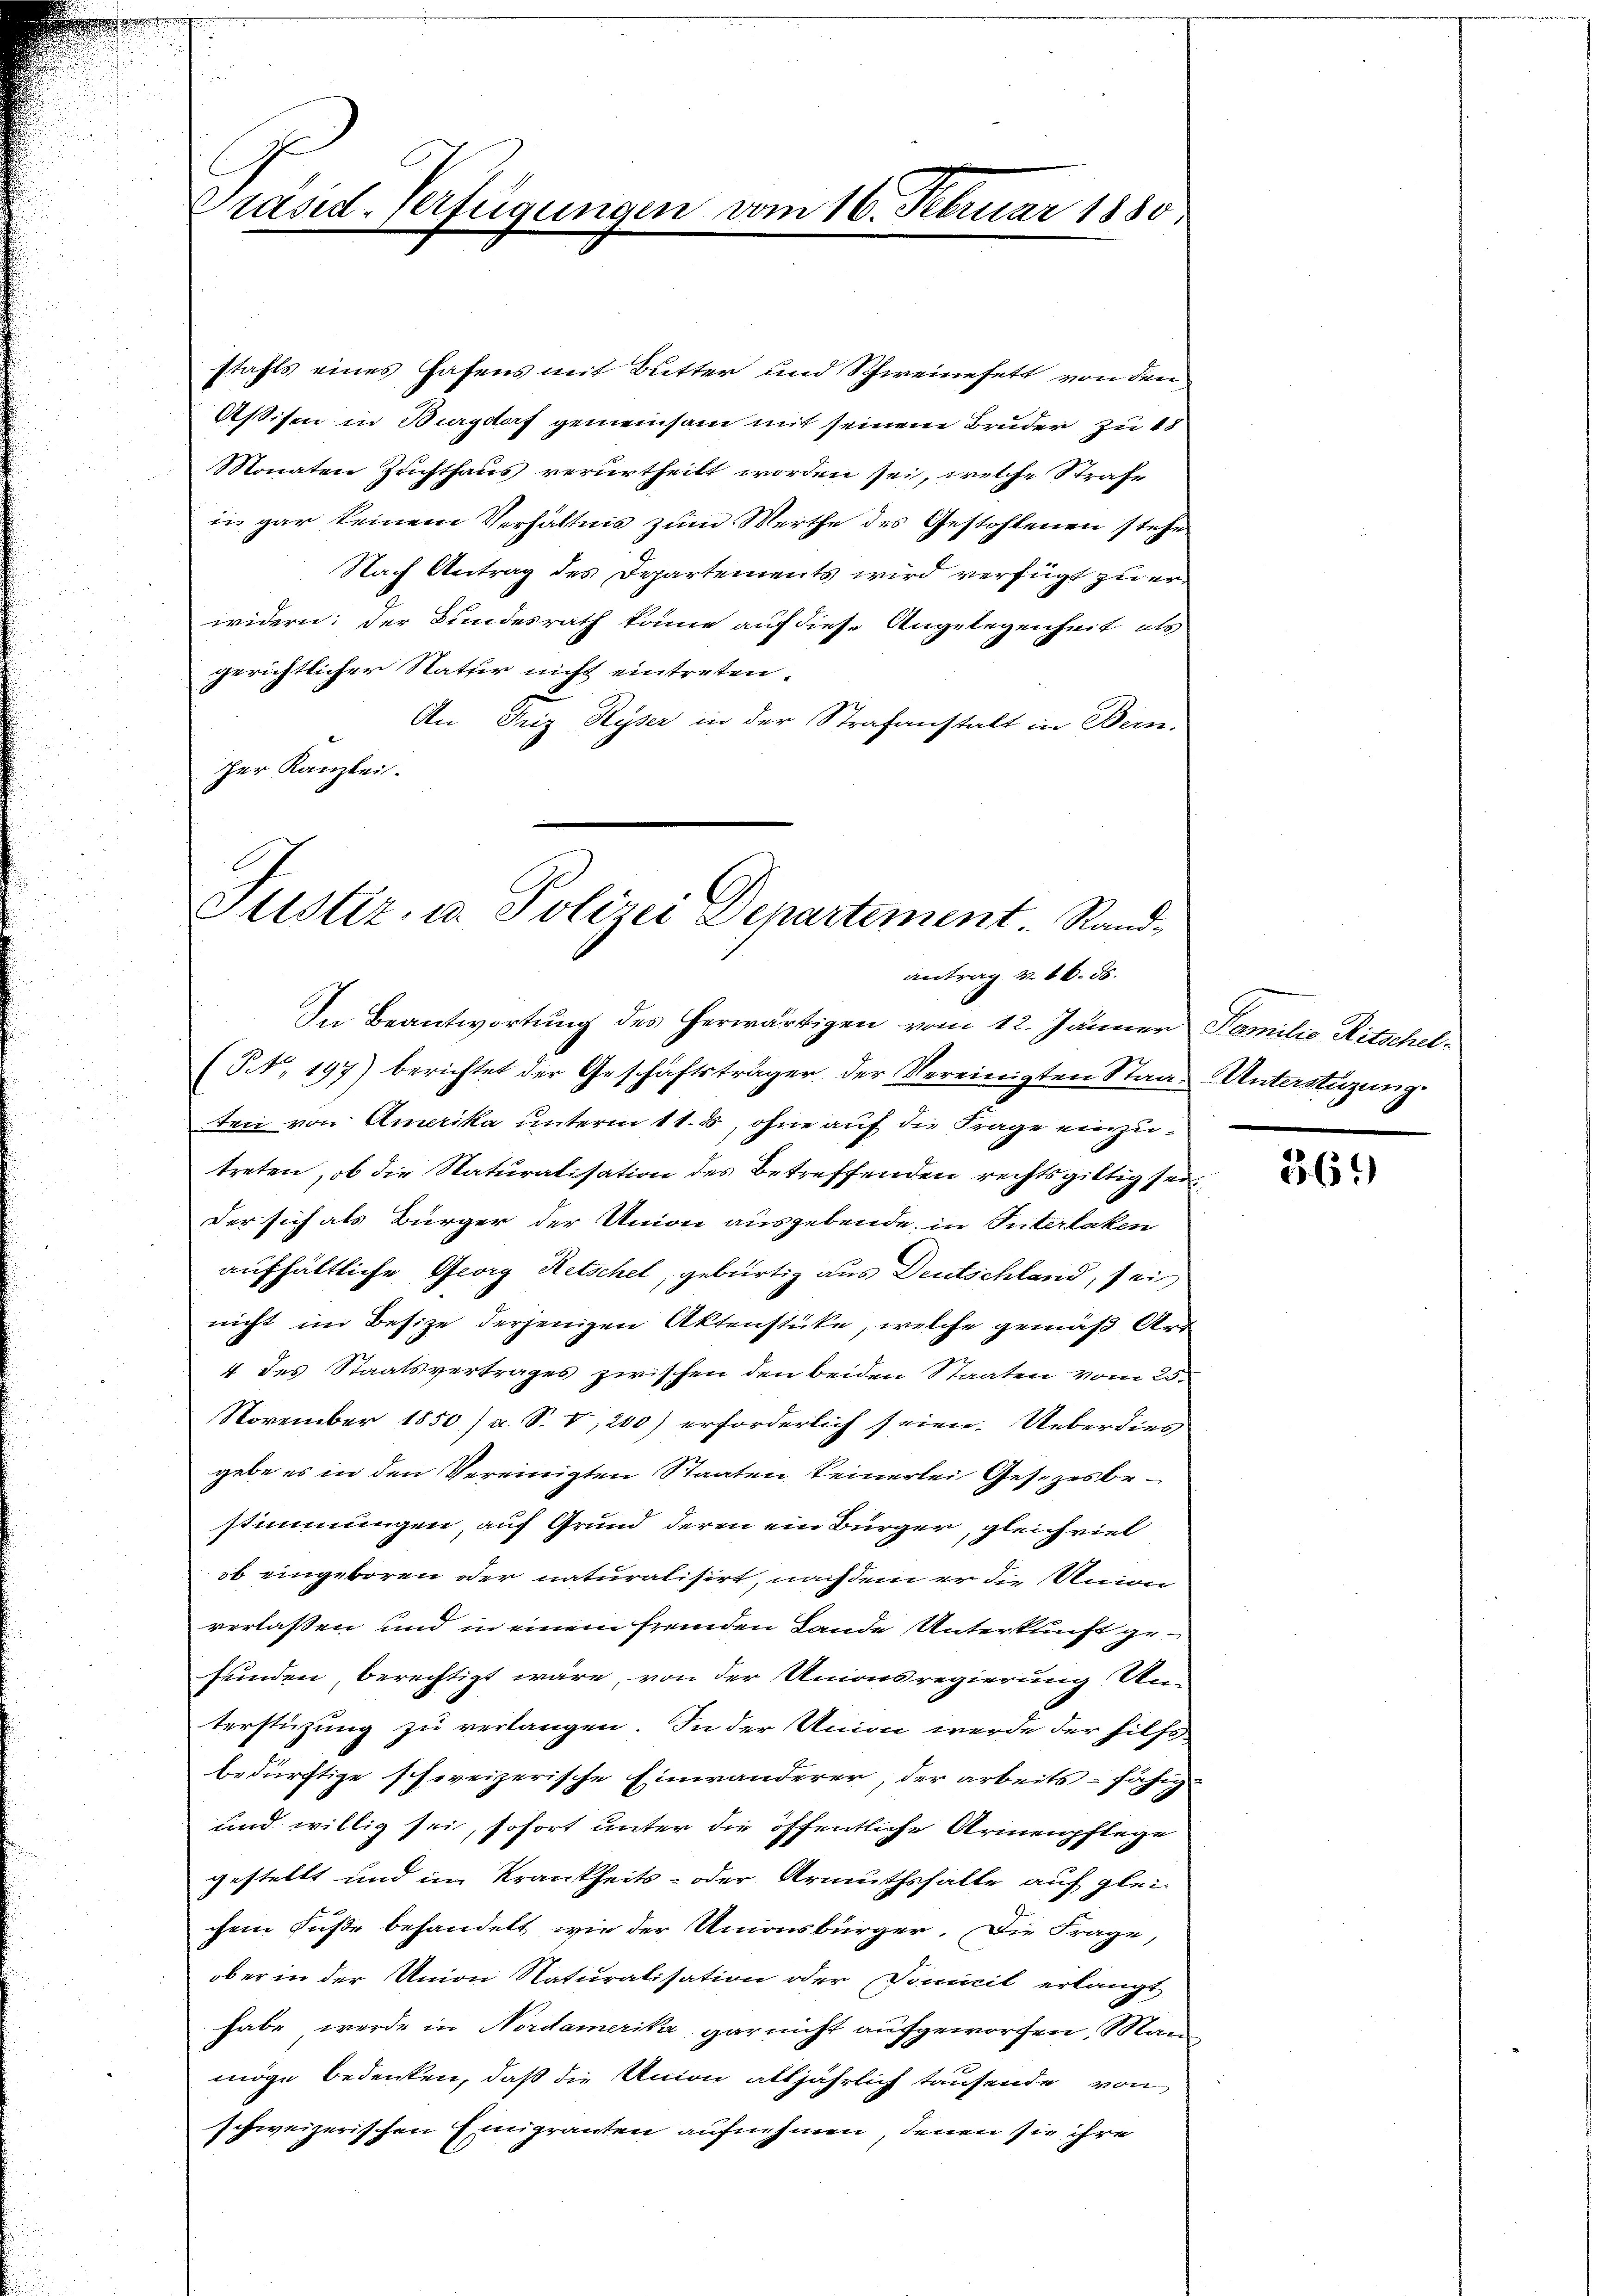
Präsid-Verfügungen vom 16. Februar 1880

stahls eines Hafens mit Butter und Schweinefett von den
Astifen in Burgdorf gemeinsam mit seinem Bruder zu 18
Monaten Zuchthaus verurtheilt worden sei, welche Strafe
in gar keinem Verhältnis zum Werthe des Gestohlenen stehe
Nach Antrag des Departements wird verfügt zu erwidern: der Bundesrath könne auf diese Angelegenheit als
gerichtlicher Statter nicht eintreten.
An Friz, Ryser in der Strafanstalt in Bern.
her Kanzlei-

Justiz, in Polizei Departement. Sandantrag v. 16. ds.

In Beantwortung des herwärtigen vom 12. Jänner Familie Ritschel¬
(NNo. 197) berichtet der Geschäftsträger der Vereinigten Staat Unterstüzung.
ten von Amerika unterm 11. 8, ohne auf die Frage einzutreten, ob die Naturalisation des Betreffenden rechtsgültig sei¬
Der sich als Bürger der Union ausgebende in Interlaken
aufhältliche Georg Retschel, gebürtig aus Deutschland, sei
nicht im Besize derjenigen Aktenstücke, welche gemäß Art
4 des Staatsvertrages zwischen den beiden Staaten vom 25.
November 1850) u. S. I, 200) erforderlich seien. Ueberdies
gebe es in den Vereinigten Staaten keinerlei Gesetzesbestimmungen, auf Grund deren ein Bürger, gleichviel
ob eingeboren oder naturalisirt, nach dem er die Union
verlassen und in einem fremden Lande Unterkunft gefunden, berechtigt wäre, von der Unionsregierung Unterstüzung zu verlangen. In der Union werde der hilfs
bedürftige schweizerische Einwanderer, der arbeitsfähig
und willig sei, sofort unter die öffentliche Armenpflege
gestellt und im Krankheits- oder Armuthshalte auf glei-
chem Fuße behandelt, wie der Unionsbürger. Die Frage,
ob er in der Union Naturalisation oder Domicil erlangt
habe, werde in Nordamerika gar nicht aufgeworfen. Man
möge bedenken, daß die Union alljährlich tausende von
schweizerischen Einigranten aufnehmen, denen sie ihre

36.